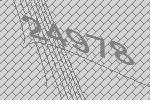
24978